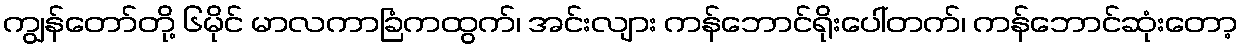
ကျွန်တော်တို့ ၆မိုင် မာလကာခြံကထွက်၊ အင်းလျား ကန်ဘောင်ရိုးပေါ်တက်၊ ကန်ဘောင်ဆုံးတော့